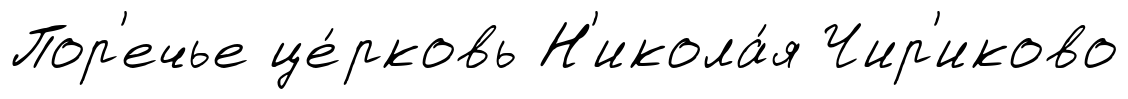
Пор'ечье це́рковь Н'икола́я Чир'иково